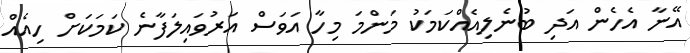
އޭނާ އެހެން އަދި ބުނެލިއެއްކަމަކު މަންމަ މިހާ އަވަސް އަރުވައިލަފާނެ ކަމަކަށް ހިއެއް